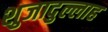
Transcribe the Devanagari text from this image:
शुजादुल्लाह